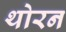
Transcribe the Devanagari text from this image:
थोरन